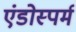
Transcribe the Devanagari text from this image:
एंडोस्पर्म